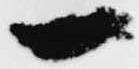
一